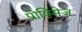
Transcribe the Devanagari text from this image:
प्रोविंसेज